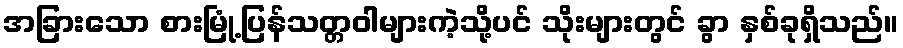
အခြားသော စားမြုံ့ပြန်သတ္တဝါများကဲ့သို့ပင် သိုးများတွင် ခွာ နှစ်ခုရှိသည်။